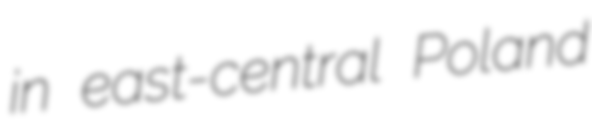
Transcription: in east-central Poland